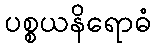
ပစ္စယနိရောဓံ